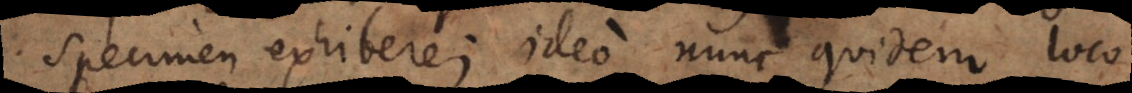
specimen exhibere; ideo nunc quidem loco